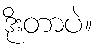
ဒိုးတာပဲ။